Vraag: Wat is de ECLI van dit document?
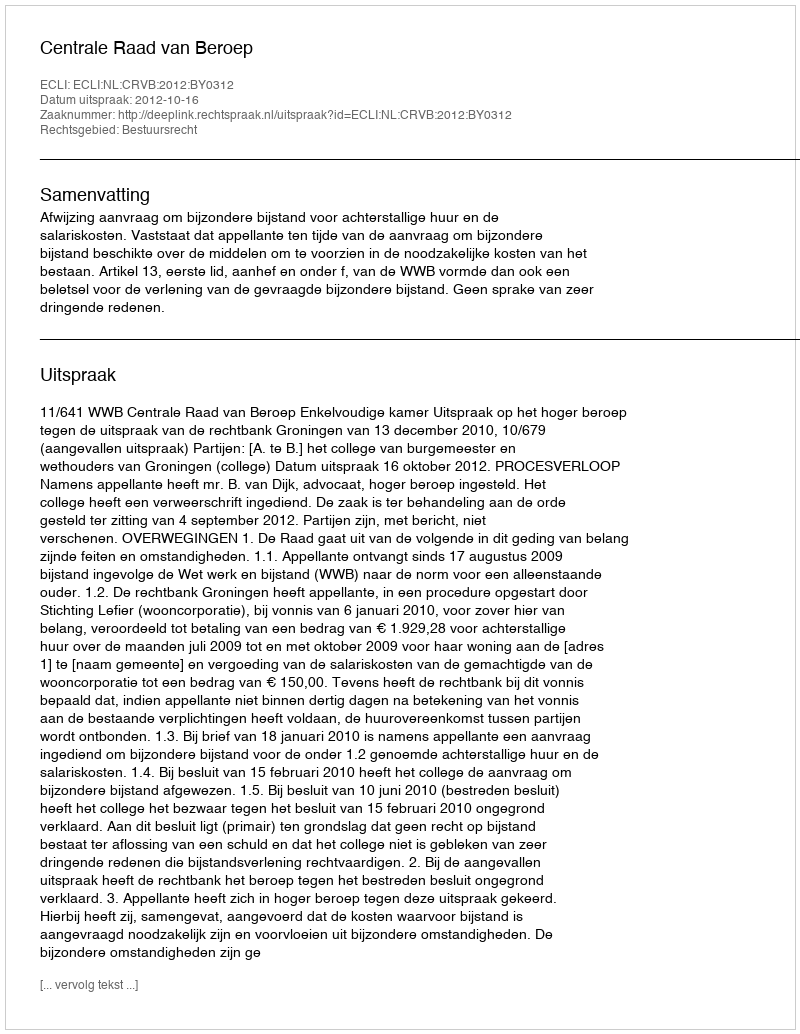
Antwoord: ECLI:NL:CRVB:2012:BY0312